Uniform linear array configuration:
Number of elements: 8
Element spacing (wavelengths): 1
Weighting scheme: cosine
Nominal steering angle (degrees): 30
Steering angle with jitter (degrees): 29.366
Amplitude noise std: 0.05
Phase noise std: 0.05

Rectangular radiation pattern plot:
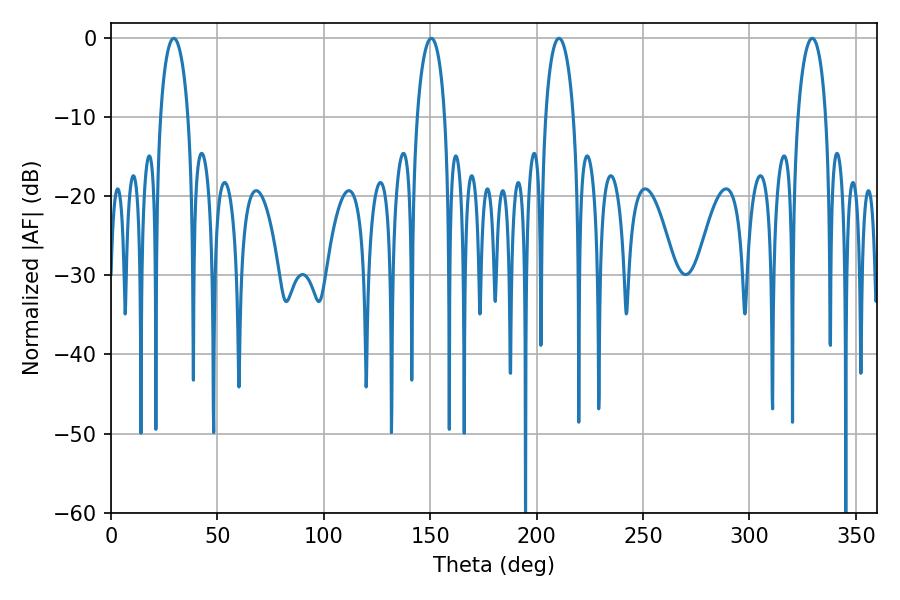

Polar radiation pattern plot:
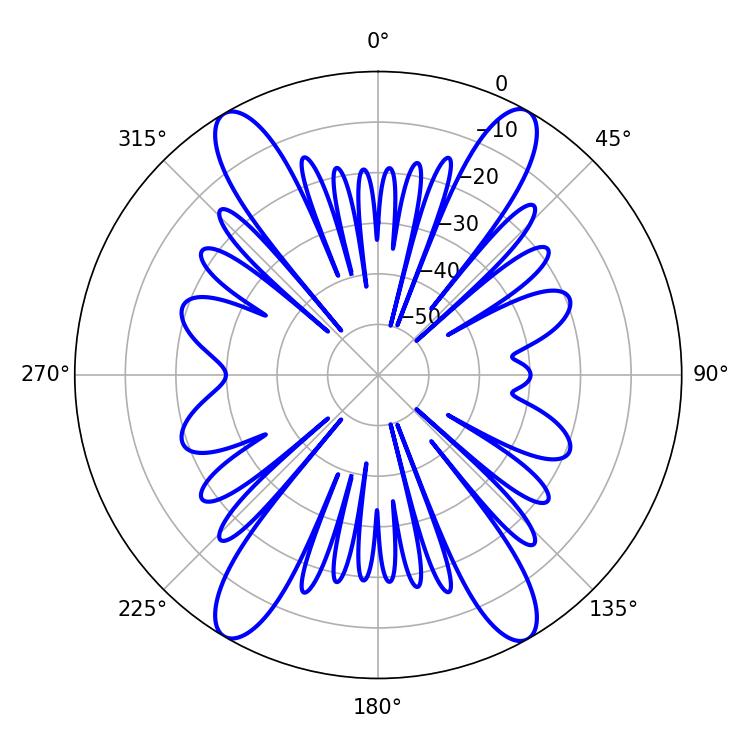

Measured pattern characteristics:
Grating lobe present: TRUE
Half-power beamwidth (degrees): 7.38
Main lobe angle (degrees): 29.52